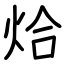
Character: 烚